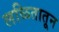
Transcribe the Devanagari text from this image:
लळितातून